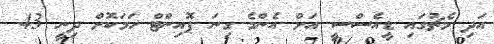
އަދި މެޗުގައި ޑީއެސްސީ އަށް އެންމެ ގިނަ ޕޮއިންޓް ހަމަކޮށް ދިނީ 43